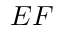
E F